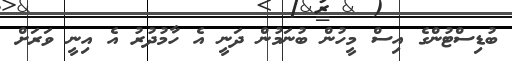
ބުޑިސްޓުންގެ އިސް މީހުން ބުނަމުން ދަނީ އެ ހާމުދުރު އެ އިނީ ވަރަށް